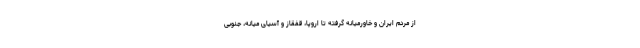
از مردم ایران و خاورمیانه گرفته تا اروپا، قفقاز و آسیای میانه، جنوبی